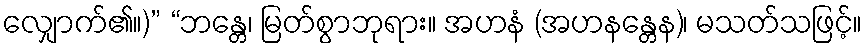
လျှောက်၏။)” “ဘန္တေ၊ မြတ်စွာဘုရား။ အဟနံ (အဟနန္တေန)၊ မသတ်သဖြင့်။